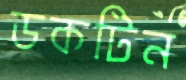
ডকটিন